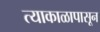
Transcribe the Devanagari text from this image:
त्याकाळापासून